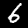
Label: 6